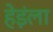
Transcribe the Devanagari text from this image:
हेइंला